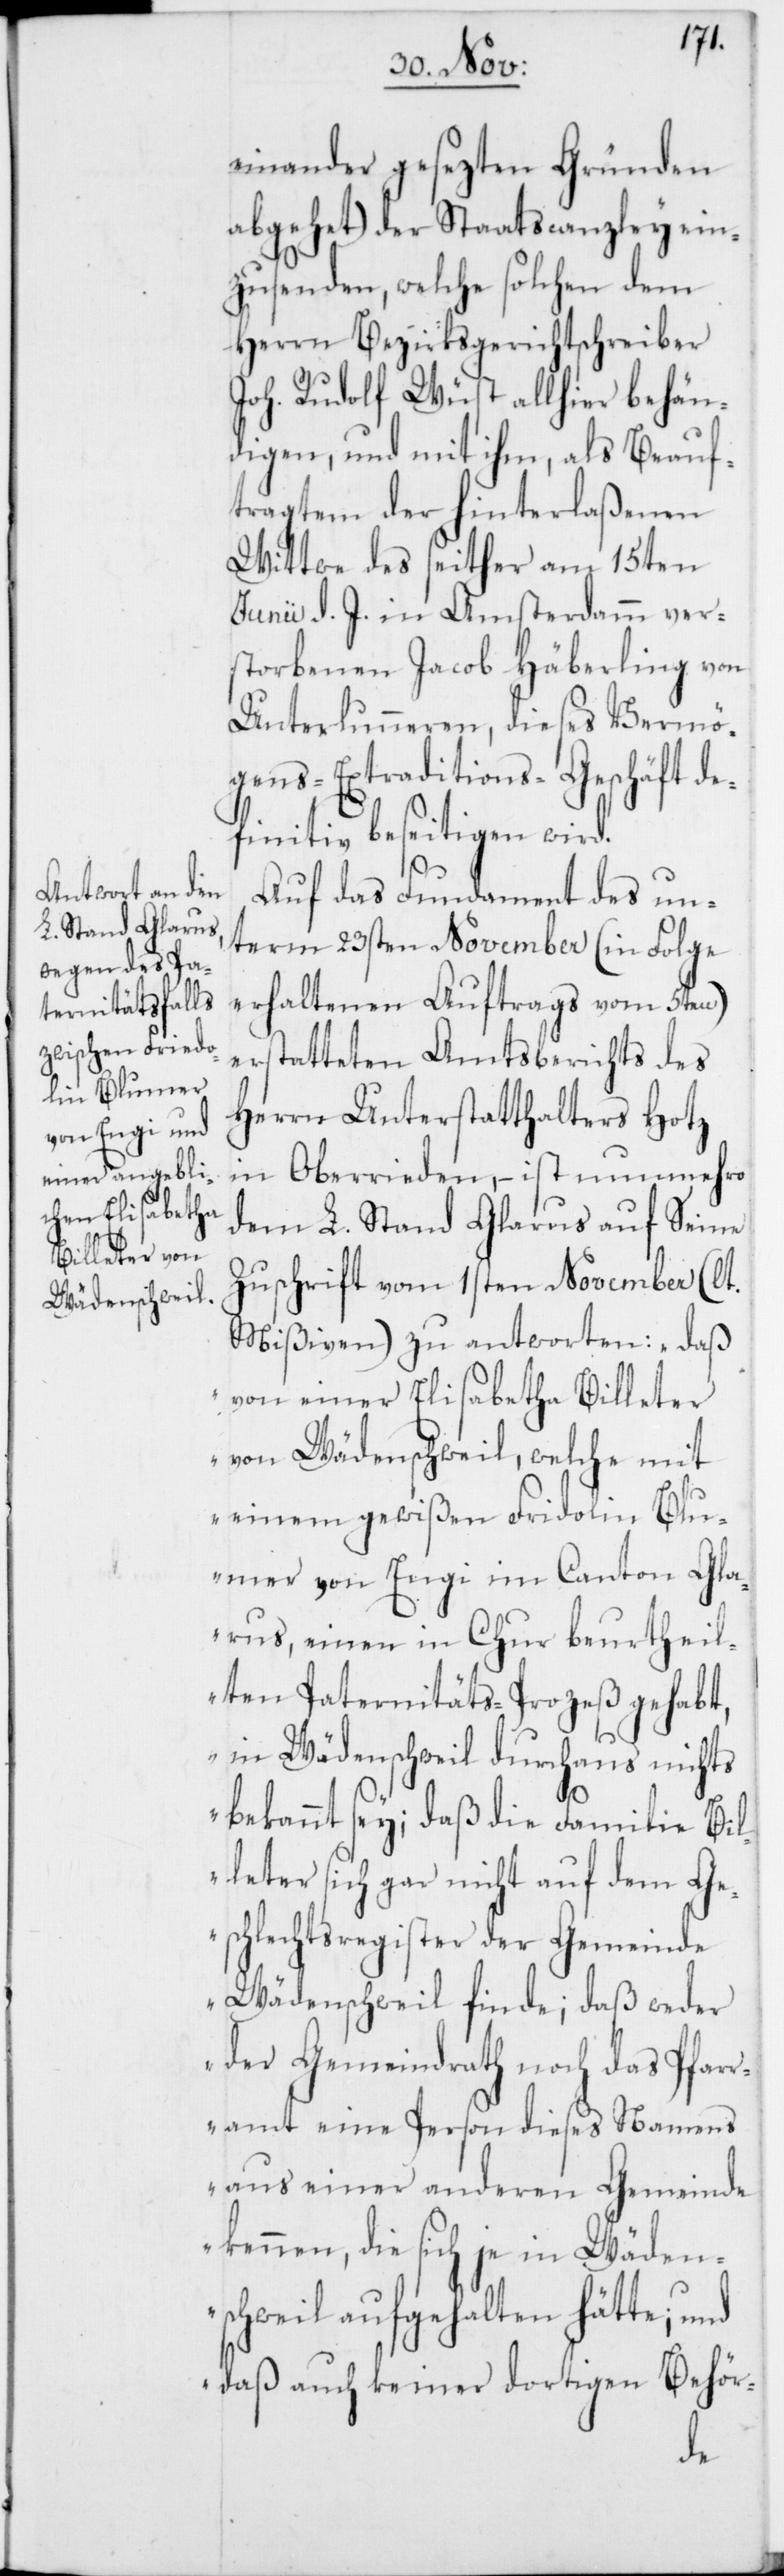
einander gesezten Gründen
abgehet) der Staatscanzley ein¬
zusenden, welche solche dem
Herrn Bezirksgerichtschreiber
Joh. Rudolf Wüst allhier behän¬
digen, und mit ihm, als Beauf¬
tragten der hinterlaßenen
Wittwe des seither am 15ten
Junii d. J. in Amsterdamm ver¬
storbenen Jacob Häberling von
Unterlunneren, dieses Vermö¬
gens-Extraditions-Geschäft de¬
finitiv beseitigen wird.
c!]
Auf das Fundament des un¬
term 23sten November (in Folge
erhaltenen Auftrags vom 5ten)
erstatteten Amtsbericht des
Herrn Unterstatthalters Hotz
in Oberrieden, – ist nunmehro
dem L. Stand Glarus auf seine
Zuschrift vom 1sten November (lt.
Mißiven) zu antworten: „daß
von einer Elisabetha Billeter
von Wädenschweil, welche mit
einem gewißen Fridolin [si¬
Blumer von Engi im Canton Gla¬
rus, einen in Chur beurtheil¬
ten Paternitäts-Prozeß gehabt,
in Wädenschweil durchaus nichts
bekannt sey; daß die Familie Bil¬
leter sich gar nicht auf dem Ge¬
schlechtsregister der Gemeinde
Wädenschweil finde; daß weder
der Gemeindrath noch das Pfar¬
ramt eine Person dieses Namens
aus einer anderen Gemeinde
kennen, die sich je in Wäden¬
schweil aufgehalten hätte; und
daß auch keiner dortigen Behör-